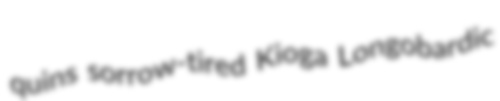
quins sorrow-tired Kioga Longobardic